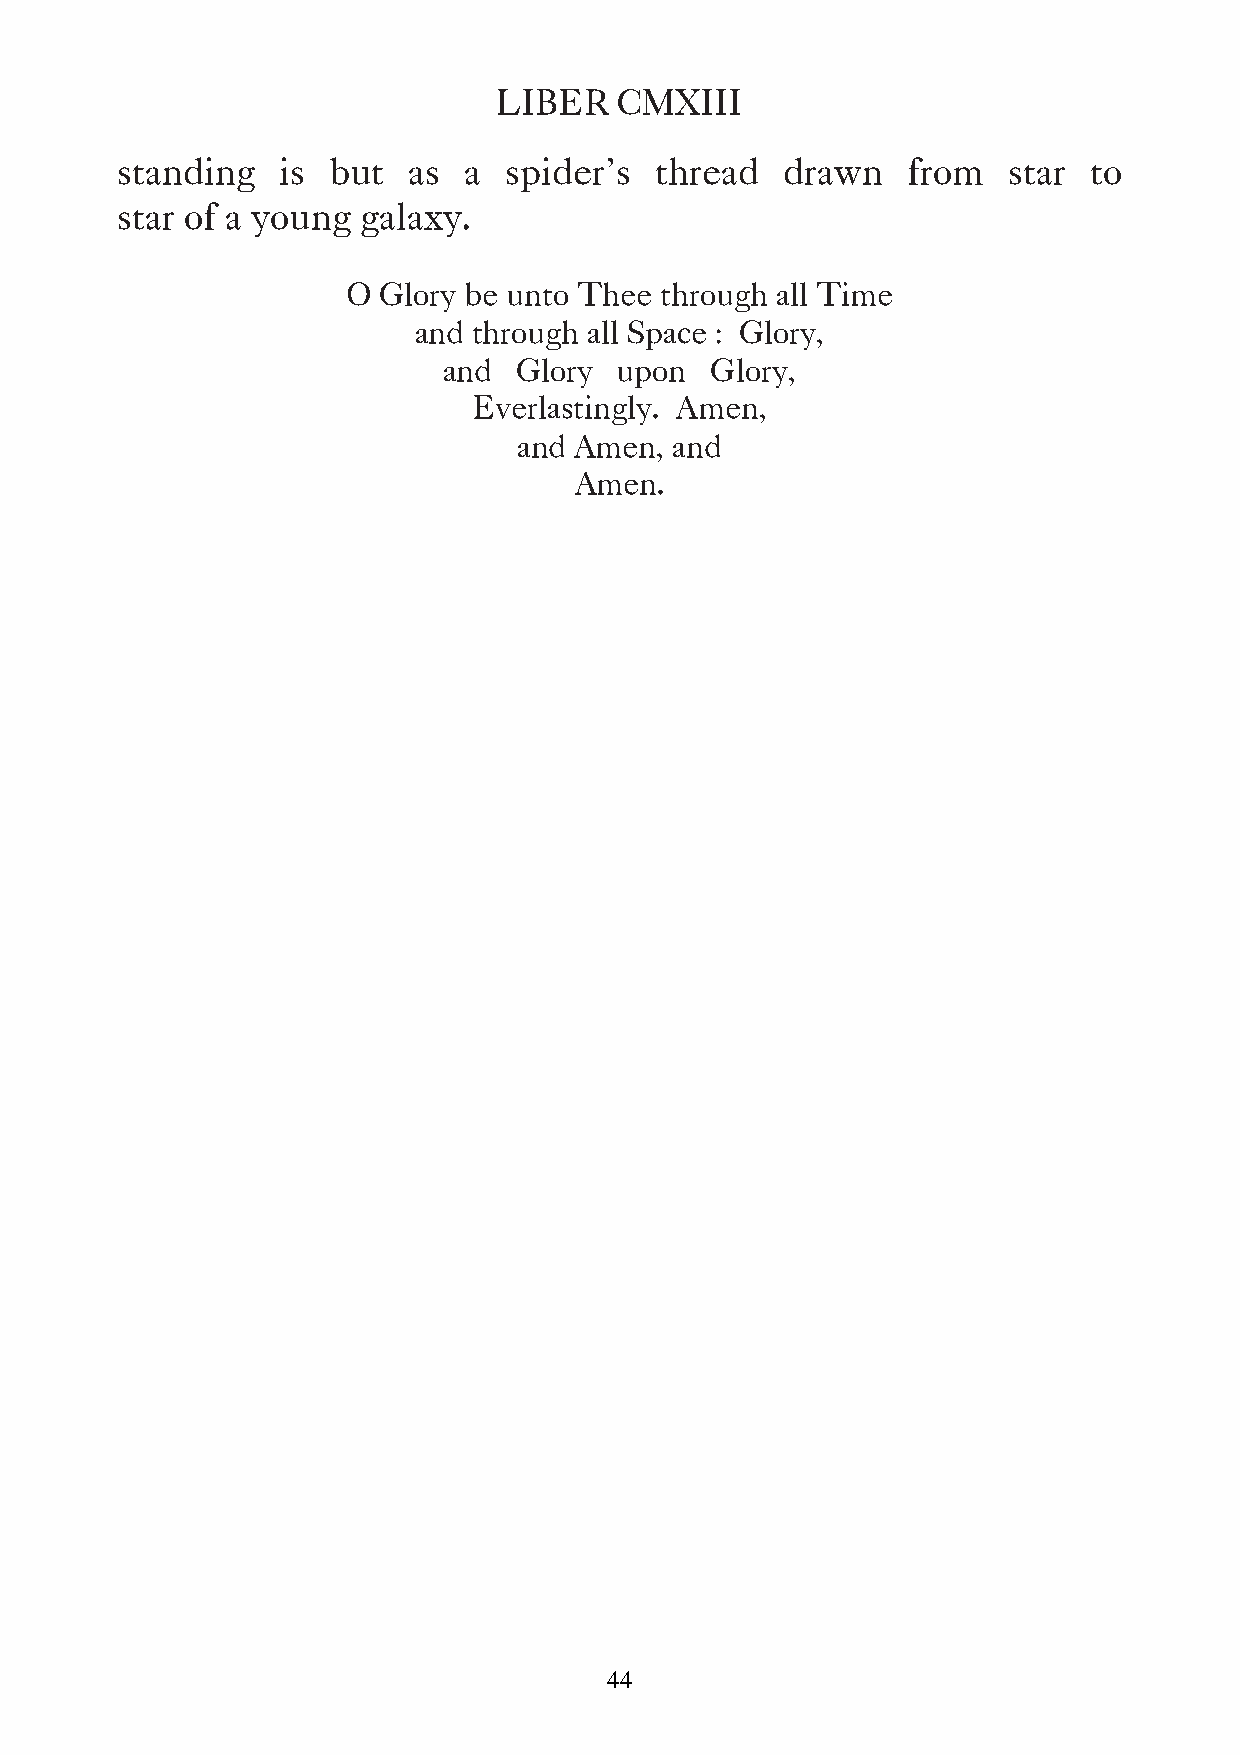
LIBER   CMXIII
 standing   is but  as  a spider’s  thread   drawn   from   star to
 star of a young galaxy.
 O Glory be unto Thee through all Time
 and through all Space : Glory,
 and  Glory  upon  Glory,
 Everlastingly. Amen,
 and Amen, and
 Amen.
 44